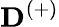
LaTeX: \mathbf{D}^{(+)}